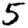
Digit: 5